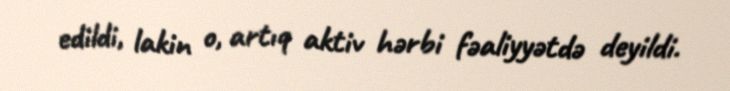
edildi, lakin o, artıq aktiv hərbi fəaliyyətdə deyildi.